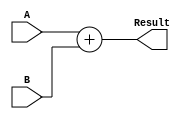
/* @return A + B
 * 
 * Where:
 *      A = 8 bits wide
 *      B = 8 bits wide
 *      Result = 9 bits wide
 */
module Adder_8 (A, B, Result);
    input [7:0] A, B;
    output [8:0] Result;

    assign Result = A + B;
endmodule